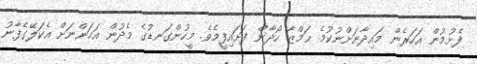
ފެށުމުން އަހަރެން މައިދާނަށްނުކުމެ ޙަމްޒާ ހޯދާން ފަށައިފީމެވެ. މީހުންގަނޑުގެ މެދުން އަހަންނަށް އެކަލޭގެފާނު